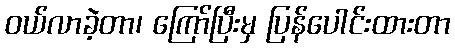
ဝယ်လာခဲ့တာ၊ ကြော်ပြီးမှ ပြန်ပေါင်းထားတာ